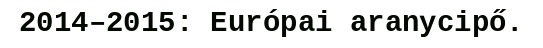
2014–2015: Európai aranycipő.